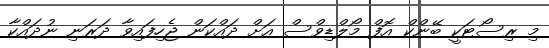
މި ރިސޯޓަކީ ބޭންކް އޮފް މޯލްޑިވްސް އަށް ދައްކަން ޖެހިފައިވާ ދަރަނި ނުދައްކާ